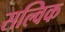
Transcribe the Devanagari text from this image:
सल्विक